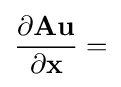
{\frac {\partial \mathbf {A} \mathbf {u} }{\partial \mathbf {x} }}=